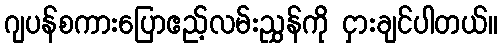
ဂျပန်စကားပြောဧည့်လမ်းညွှန်ကို ငှားချင်ပါတယ်။